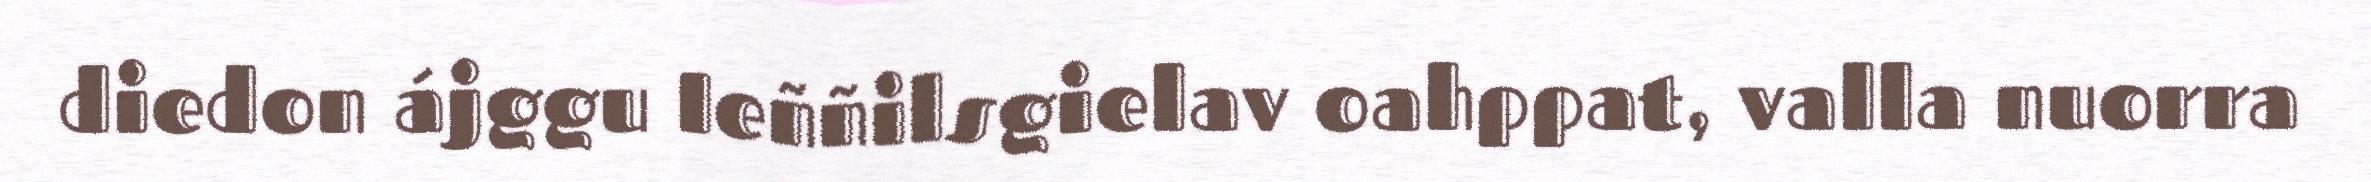
diedon ájggu Ieññilsgielav oahppat, valla nuorra